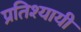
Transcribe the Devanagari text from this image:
प्रतिश्यायी